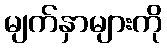
မျက်နှာများကို